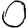
Digit: 0